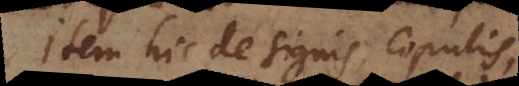
tem hic de signis, copulis,